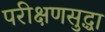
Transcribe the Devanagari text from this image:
परीक्षणसुद्धा